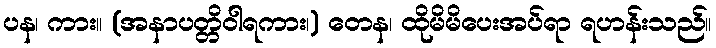
ပန၊ ကား။ (အနာပတ္တိဝါရကား၊) တေန၊ ထိုမိမိပေးအပ်ရာ ရဟန်းသည်။